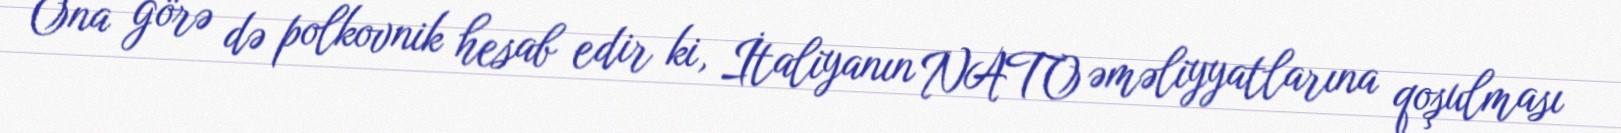
Ona görə də polkovnik hesab edir ki, İtaliyanın NATO əməliyyatlarına qoşulması